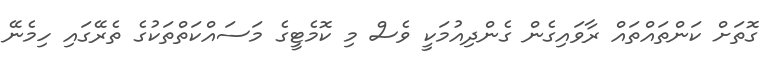
ގޮތަށް ކަންތައްތައް ރާވައިގެން ގެންދިއުމަކީ ވެސް މި ކޮމެޓީގެ މަސައްކަތްތަކުގެ ތެރޭގައި ހިމެނޭ